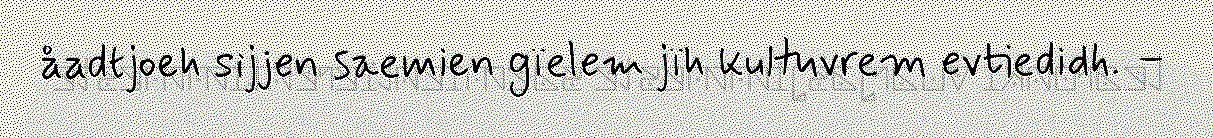
åadtjoeh sijjen saemien gïelem jïh kultuvrem evtiedidh. –